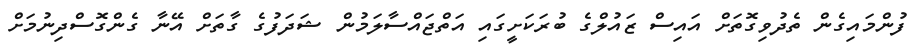
ފުންމައިގެން ތެދުވިގޮތަށް އައިސް ޒައުލްގެ ބުރަކަށީގައި އަތްޖައްސާލަމުން ޝަދަފުގެ ގާތަށް އޭނާ ގެންގޮސްދިނުމަށް